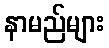
နာမည်များ